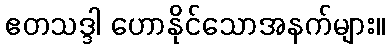
ဧတသဒ္ဒါ ဟောနိုင်သောအနက်များ။